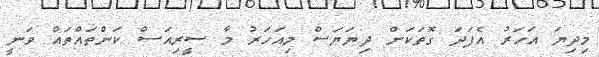
މިދިޔަ އަހަރު އެފަދަ ގޮތަކަށް ދިޔަޔަސް މިއަހަރު މާ ސީރިއަސް ކަންތައްތައް ވަނީ